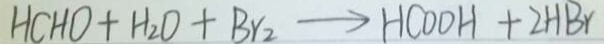
H C H O + H _ { 2 } O + B r _ { 2 } \rightarrow H C O O H + 2 H B r